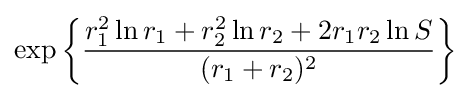
\exp \left\{{r_{1}^{2}\ln r_{1}+r_{2}^{2}\ln r_{2}+2r_{1}r_{2}\ln S \over (r_{1}+r_{2})^{2}}\right\}